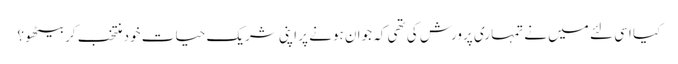
کیا اسی لئے میں نے تمہاری پرورش کی تھی کہ جوان ہونے پر اپنی شریک حیات خود منتخب کر بیٹھو؟